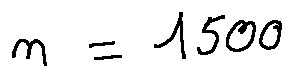
n = 1 5 0 0